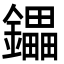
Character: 鑘